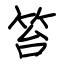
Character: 笞